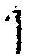
1